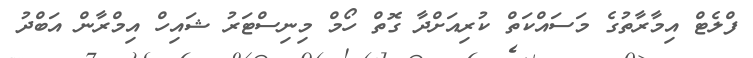
ފްލެޓް އިމާރާތުގެ މަސައްކަތް ކުރިއަށްދާ ގޮތް ހޯމް މިނިސްޓަރު ޝައިހް އިމްރާން އަބްދު